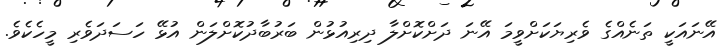
އޭނައަކީ ތަނެއްގެ ވެރިޔަކަށްވީމަ އޭނަ ދަށްކޮށްލާ ދިރިއުޅުން ބަރުބާދުކޮށްލަން އުޅޭ ހަސަދަވެރި މީހެކެވެ.